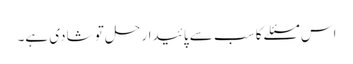
اس مسئلے کا سب سے پائیدار حل تو شادی ہے۔